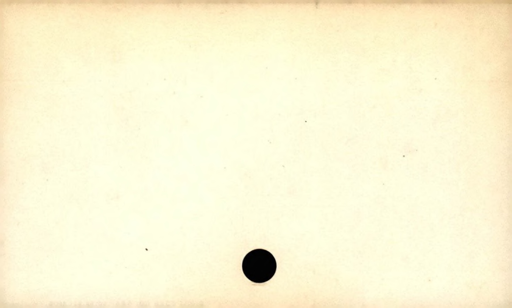
Label: blank